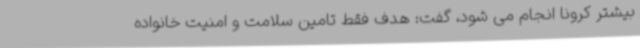
بیشتر کرونا انجام می شود، گفت: هدف فقط تامین سلامت و امنیت خانواده